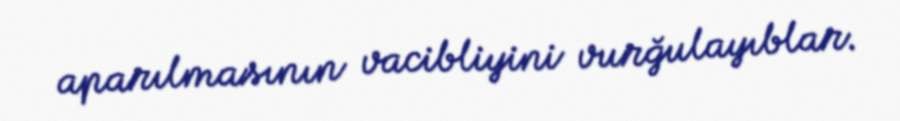
aparılmasının vacibliyini vurğulayıblar.